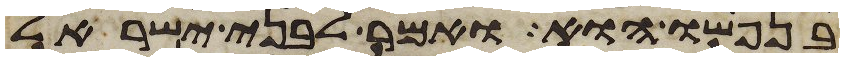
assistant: בנפשו הוא ואמר לבני ישראל